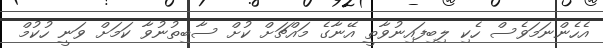
އެހެންނަމަވެސް ހެކި ލިބިފައިނުވާތީ އޭނާގެ މައްޗަށް ކުށް ސާބިތުނުވާ ކަމަށް ވަނީ ހުކުމް